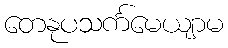
တေနုပသင်္ကမေယျာမ